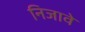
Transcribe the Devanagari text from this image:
निजावे